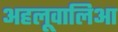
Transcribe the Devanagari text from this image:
अहलूवालिआ